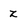
Character: z